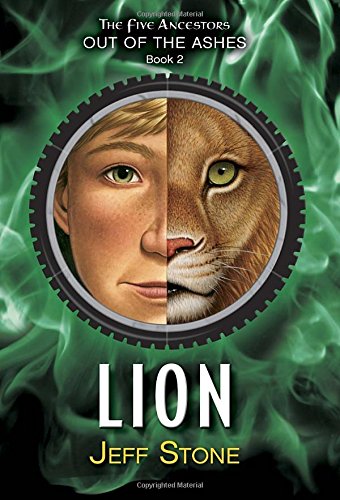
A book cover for Five Ancestors Out of the Ashes #2: Lion; Jeff Stone; Children's Books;